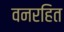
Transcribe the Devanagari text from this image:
वनरहित